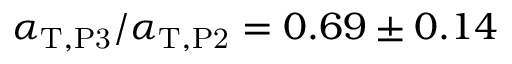
\alpha _ { \mathrm { T } , \mathrm { P 3 } } / \alpha _ { \mathrm { T } , \mathrm { P 2 } } = 0 . 6 9 \pm 0 . 1 4